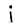
Character: j